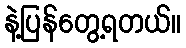
နဲ့ပြန်တွေ့ရတယ်။